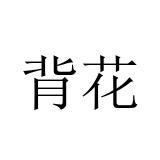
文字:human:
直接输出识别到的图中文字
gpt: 背花